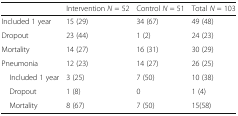
<table><thead><tr><td></td><td><b>Intervention <i>N</i> = 52</b></td><td><b>Control <i>N</i> = 51</b></td><td><b>Total <i>N</i> = 103</b></td></tr></thead><tbody><tr><td>Included 1 year</td><td>15 (29)</td><td>34 (67)</td><td>49 (48)</td></tr><tr><td>Dropout</td><td>23 (44)</td><td>1 (2)</td><td>24 (23)</td></tr><tr><td>Mortality</td><td>14 (27)</td><td>16 (31)</td><td>30 (29)</td></tr><tr><td>Pneumonia</td><td>12 (23)</td><td>14 (27)</td><td>26 (25)</td></tr><tr><td> Included 1 year</td><td>3 (25)</td><td>7 (50)</td><td>10 (38)</td></tr><tr><td> Dropout</td><td>1 (8)</td><td>0</td><td>1 (4)</td></tr><tr><td> Mortality</td><td>8 (67)</td><td>7 (50)</td><td>15(58)</td></tr></tbody></table>